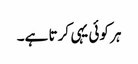
ہر کوئی یہی کرتا ہے۔